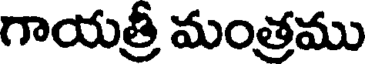
గాయత్రీ మంత్రము